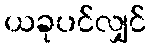
ယခုပင်လျှင်